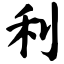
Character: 利